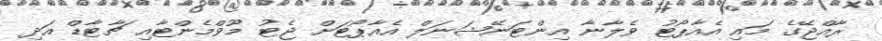
ރާއްޖޭގެ މައި އެއާޕޯޓު ވެލާނާ އިންޓަނޭޝަނަލް އެއާޕޯޓަށް ޖެޓު މޫވްމެންޓާއި ޗާޓާޑް އަދި